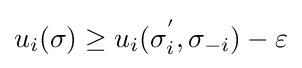
u_{i}(\sigma )\geq u_{i}(\sigma _{i}^{'},\sigma _{-i})-\varepsilon